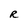
Character: R